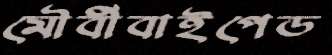
মৌর্বীবাইপেড